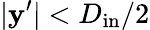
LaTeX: |\mathbf{y}^{\prime}|<D_{\mathrm{{in}}}/2